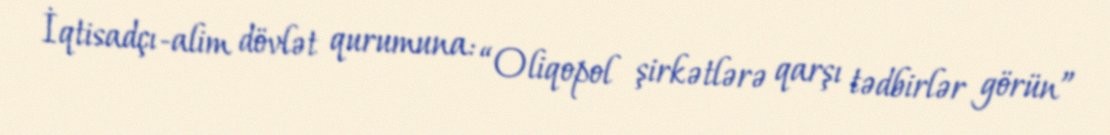
İqtisadçı-alim dövlət qurumuna: “Oliqopol şirkətlərə qarşı tədbirlər görün”